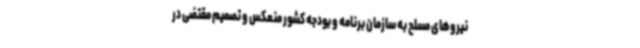
نیروهای مسلح به سازمان برنامه و بودجه کشور منعکس و تصمیم مقتضی در